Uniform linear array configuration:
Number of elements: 48
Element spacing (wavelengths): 1
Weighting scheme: hann
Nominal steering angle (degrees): -15
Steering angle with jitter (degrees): -16.595
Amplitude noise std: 0.05
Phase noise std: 0.05

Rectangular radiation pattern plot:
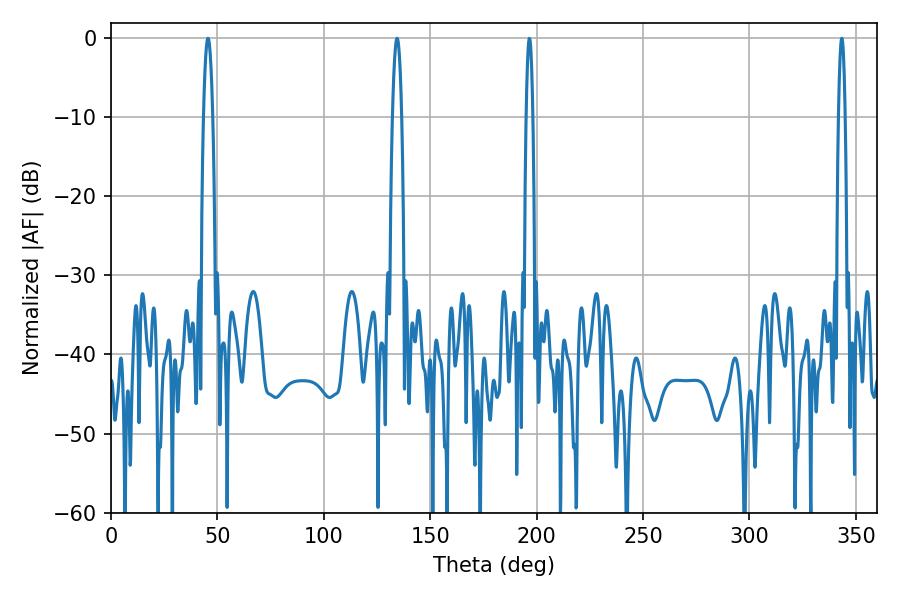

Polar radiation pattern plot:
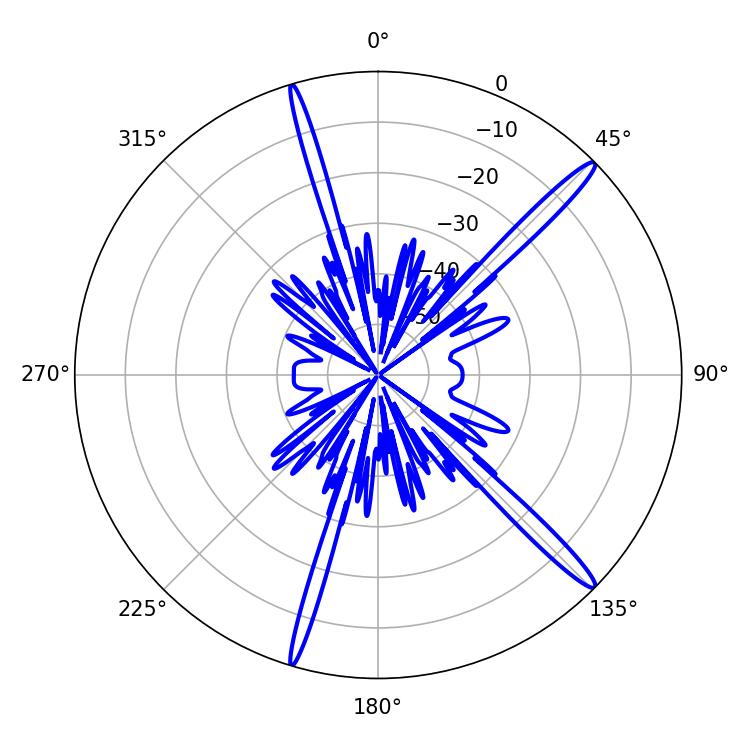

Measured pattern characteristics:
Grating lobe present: TRUE
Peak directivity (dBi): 16.36
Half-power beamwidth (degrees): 2.34
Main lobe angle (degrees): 45.54